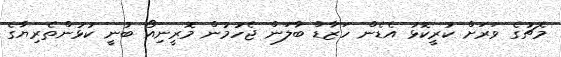
މެޗުގެ ވަރަށް ކުރީކޮޅު އެޑެން ހަޒާޑް ބާލަން ޖެހުމުން މޮރީނިއޯ ބުނީ ކުޅުންތެރިޔާގެ